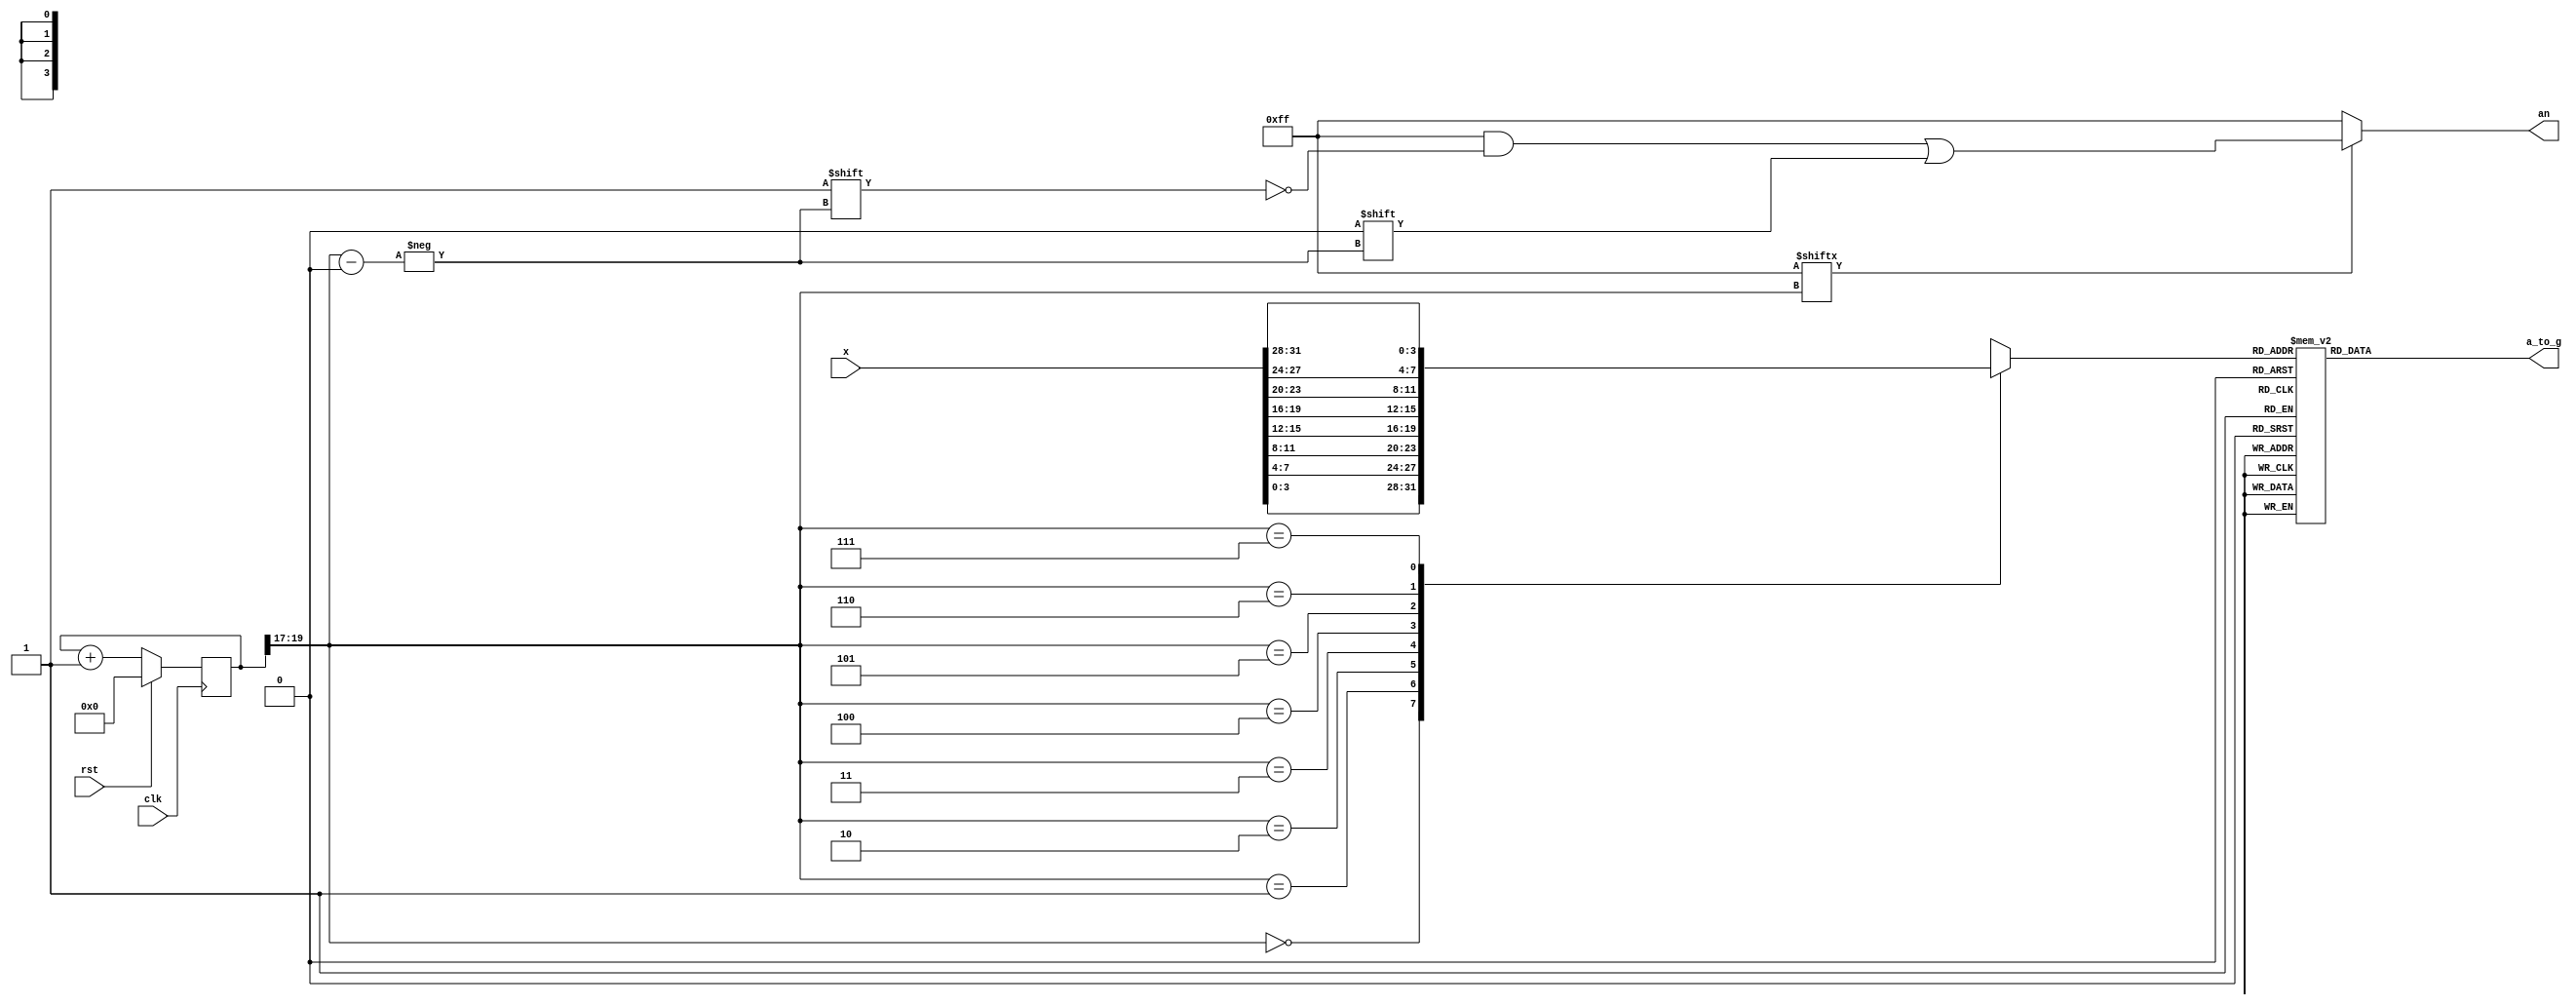
`timescale 1ns / 1ps
//////////////////////////////////////////////////////////////////////////////////
// Company: 
// Engineer: 
// 
// Design Name: 
// Module Name:    light 
// Project Name: 
// Target Devices: 
// Tool versions: 
// Description: 
//
// Dependencies: 
//
// Revision: 
// Revision 0.01 - File Created
// Additional Comments: 
//
//////////////////////////////////////////////////////////////////////////////////
module light(
    input [31:0] x,
    input clk,
	 input rst,
    output reg [6:0] a_to_g,
	 output reg[7:0] an

    );
wire [2:0] s;
reg [3:0] digit;
reg [31:0] clkdiv;
wire [7:0] aen;

assign s = clkdiv[19:17]; 
assign aen = 8'b11111111;



always@(*)begin
case(s)
    3'b000: digit = x[3:0];
	 3'b001: digit = x[7:4];
	 3'b010: digit = x[11:8];
	 3'b011: digit = x[15:12];
	 3'b100: digit = x[19:16];
	 3'b101: digit = x[23:20];
	 3'b110: digit = x[27:24];
	 3'b111: digit = x[31:28];
endcase
end

always@(*)begin
case(digit)
   0: a_to_g = 7'b0000001;     
   1: a_to_g = 7'b1001111;    
   2: a_to_g = 7'b0010010;     
   3: a_to_g = 7'b0000110;     
   4: a_to_g = 7'b1001100;    
   5: a_to_g = 7'b0100100;     
   6: a_to_g = 7'b0100000;     
   7: a_to_g = 7'b0001111;    
   8: a_to_g = 7'b0000000;     
   9: a_to_g = 7'b0000100;     
 'hA: a_to_g = 7'b0001000; 
 'hB: a_to_g = 7'b1100000;    
 'hC: a_to_g = 7'b0110001;     
 'hD: a_to_g = 7'b1000010;     
 'hE: a_to_g = 7'b0110000;     
 'hF: a_to_g = 7'b0111000;     
default: a_to_g = 7'b0000001;  // 0 
  endcase

end

always@(*)begin
an = 8'b11111111;
    if(aen[s] == 1)
	     an[s] = 0;
end


 
always@(posedge clk)begin
    if(rst == 1)
	     clkdiv <= 0;
	 else
	     clkdiv <= clkdiv + 1;
	 
end

  

endmodule